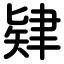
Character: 肄